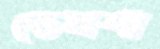
ডেমশা